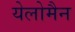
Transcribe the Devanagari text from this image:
येलोमैन